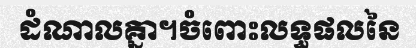
ដំណាលគ្នា។ចំពោះលទ្ធផលនៃ